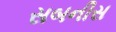
સબનીસ